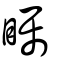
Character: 矚